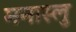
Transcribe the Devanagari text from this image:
मनास्लु